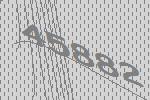
45882